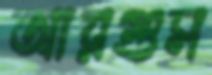
আরগুস